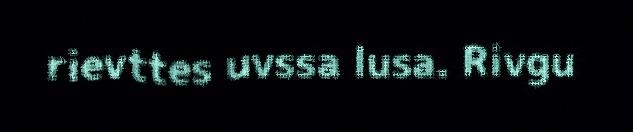
rievttes uvssa lusa. Rivgu